Lunatic asylums Madras 1892-1911 - 1892-1911
Year: 1892
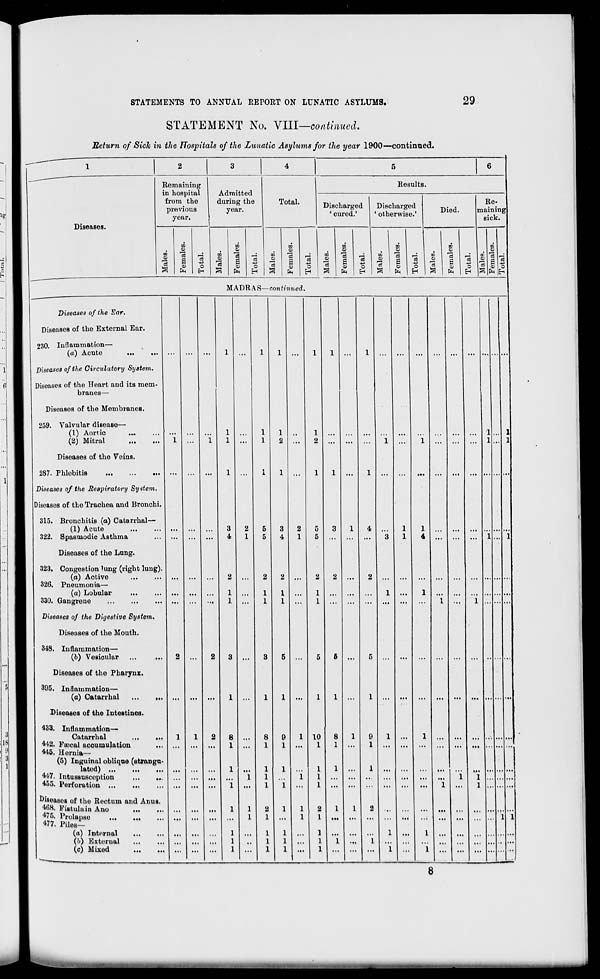
STATEMENTS TO ANNUAL REPORT ON LUNATIC ASYLUMS.
29
STATEMENT No. VIII—continued.
Return of Sick in the Hospitals of the Lunatic Asylums for the year 1900—continued.
1
2
3
4
5
6
Remaining
Results .
in hospital
Admitted
from the
during the
Total.
Discharged
' cured.'
Discharged
Re-
previous
year.
year.
' otherwise.'
Died.
maining
sick.
Diseases.
.
co
m
m
m
m
CO
rr'<
V
0.
9
00
0)
1 c
a
m
13
,_;
CD
C8
_4
H
Is
J
m
eS
J
V.
Cj
_J
IK
3 J K -i
1 s
S
EH
c3
-p
o
EH
-3
s $
ft
o
H
s o
H
0)
s
1 *
03
<0
1 a i
1
PR
d
O
1 O)
1 a 0 03
1 H
S
S
a
0
MADRAS— continued.
Diseases of the Ear.
Diseases of the External Ear.
230. Inflammation—
(a) Acute
...
Diseases of the Circulatory System.
Diseases of the Heart and its mem-
branes—
Diseases of the Membranes.
259. Valvular disease—
(1) Aortic
(2) Mitral
Diseases of the Veins.
287. Phlebitis
Diseases of the Respiratory System,
Diseases of the Trachea and Bronchi.
315. Bronchitis (a) Catarrhal—
(1) Acute
322. Spasmodic Asthma
Diseases of the Lung.
323. Congestion lung (right lung).
(a) Active
326. Pneumonia—
(a) Lobular
330. Gangrene
Diseases of the Digestive System.
Diseases of the Mouth.
348. Inflammation—
(b) Vesicular ...
...
Diseases of the Pharynx.
395. Inflammation—
(a) Catarrhal
Diseases of the Intestines.
433. Inflammation—
Catarrhal
...
...
442. Procal accumulation
445. Hernia—
(5) Inguinal obliqne (strangu-
lated)
447. Intussusception
455. Perforation
of the Rectum and Anus.
408. Fistula in Ano
4 75. Prolapse
477. Piles—
(a) Internal
(l>) External
(c) Mixed
|
1
1
1
1
10
1
8